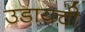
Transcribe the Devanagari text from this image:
उडायची